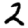
Digit: 2